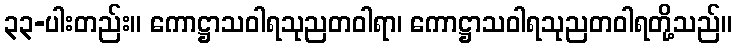
၃၃-ပါးတည်း။ ကောဋ္ဌာသဝါရသုညတဝါရာ၊ ကောဋ္ဌာသဝါရသုညတဝါရတို့သည်။